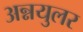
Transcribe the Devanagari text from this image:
अन्नयुलर